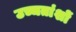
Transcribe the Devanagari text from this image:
उच्चतांशों